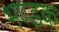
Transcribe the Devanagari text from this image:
भण्डक